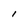
Character: I